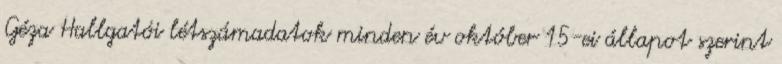
Géza Hallgatói létszámadatok minden év október 15-ei állapot szerint